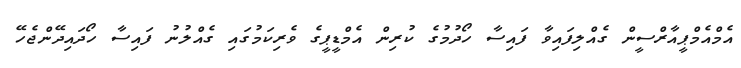
އެމްއެމްޕީއާރްސީން ގެއްލިފައިވާ ފައިސާ ހޯދުމުގެ ކުރިން އެމްޑީޕީގެ ވެރިކަމުގައި ގެއްލުނު ފައިސާ ހޯދައިދޭންޖެހޭ